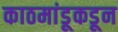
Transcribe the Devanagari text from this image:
काठमांडूकडून